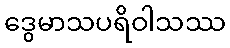
ဒွေမာသပရိဝါသဿ